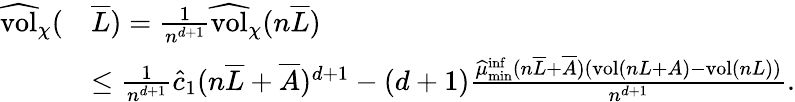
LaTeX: \begin{array}{rl}{\widehat{\mathrm{vol}}_{\chi}(}&{\overline{L})=\frac{1}{n^{d+1}}\widehat{\mathrm{vol}}_{\chi}(n\overline{L})}\\ &{\leq\frac{1}{n^{d+1}}\widehat c_{1}(n\overline{L}+\overline{A})^{d+1}-(d+1)\frac{\widehat{\mu}_{\operatorname*{min}}^{\operatorname*{inf}}(n\overline{L}+\overline{A})(\mathrm{vol}(nL+A)-\mathrm{vol}(nL))}{n^{d+1}}.}\end{array}